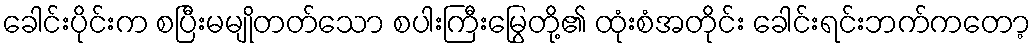
ခေါင်းပိုင်းက စပြီးမမျိုတတ်သော စပါးကြီးမြွေတို့၏ ထုံးစံအတိုင်း ခေါင်းရင်းဘက်ကတော့